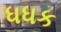
ધધક